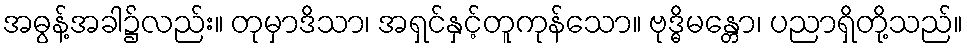
အဓွန့်အခါ၌လည်း။ တုမှာဒိသာ၊ အရှင်နှင့်တူကုန်သော။ ဗုဒ္ဓိမန္တော၊ ပညာရှိတို့သည်။